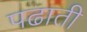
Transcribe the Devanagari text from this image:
पढाती